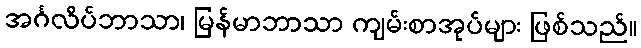
အင်္ဂလိပ်ဘာသာ၊ မြန်မာဘာသာ ကျမ်းစာအုပ်များ ဖြစ်သည်။